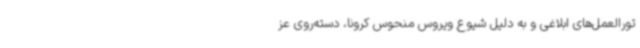
تورالعمل‌های ابلاغی و به دلیل شیوع ویروس منحوس کرونا، دسته‌روی عز